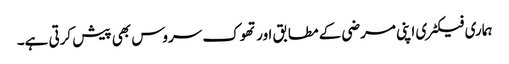
ہماری فیکٹری اپنی مرضی کے مطابق اور تھوک سروس بھی پیش کرتی ہے۔